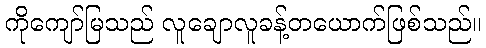
ကိုကျော်မြသည် လူချောလူခန့်တယောက်ဖြစ်သည်။